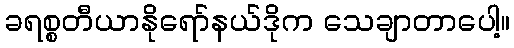
ခရစ္စတီယာနိုရော်နယ်ဒိုက သေချာတာပေါ့။